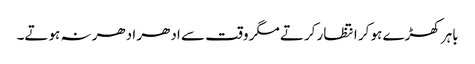
باہر کھڑے ہو کر انتظار کرتے مگر وقت سے ادھر ادھر نہ ہوتے۔